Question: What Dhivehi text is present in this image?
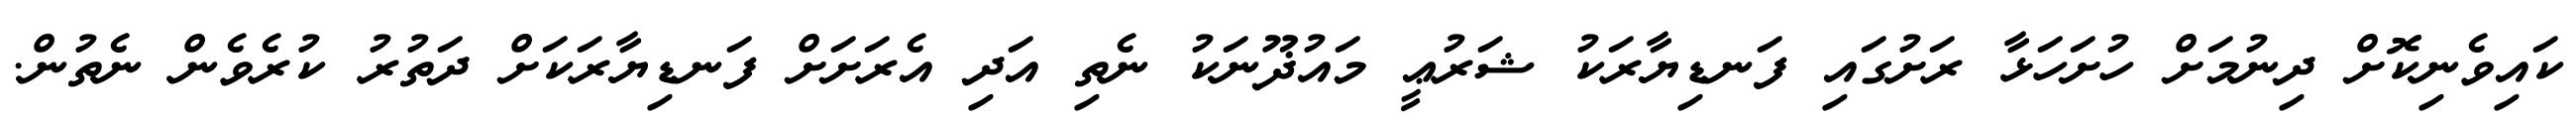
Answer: ކައިވެނިކޮށް ދިނުމަށް ހުށަހަޅާ ރަށުގައި ފަނޑިޔާރަކު ޝަރުޢީ މައުޛޫނަކު ނެތި އަދި އެރަށަށް ފަނޑިޔާރަކަށް ދަތުރު ކުރެވެން ނެތުން.